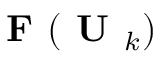
\textbf { F } ( \textbf { U } _ { k } )